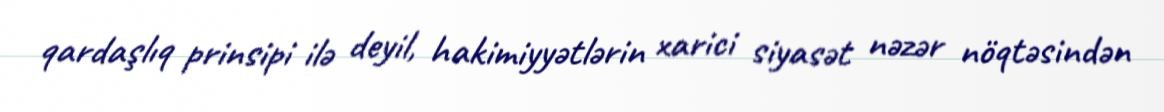
qardaşlıq prinsipi ilə deyil, hakimiyyətlərin xarici siyasət nəzər nöqtəsindən